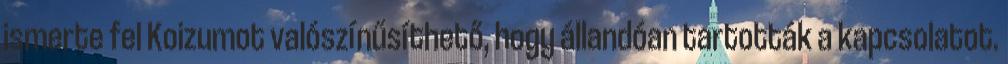
ismerte fel Koizumot valószínűsíthető, hogy állandóan tartották a kapcsolatot.